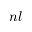
n l